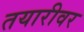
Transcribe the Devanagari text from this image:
तयारीवर